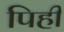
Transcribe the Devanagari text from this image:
पिही